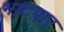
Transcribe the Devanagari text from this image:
भाटपार